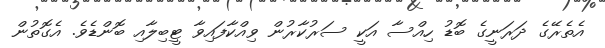
އެތެރޭގެ ދަރަނީގެ ބޮޑު ހިއްސާ އަކީ ސަރުކާރުން ވިއްކާފައިވާ ޓީބިލާއި ބޮންޑެވެ. އެގޮތުން